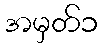
အမှတ်၁